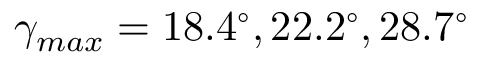
\gamma _ { m a x } = 1 8 . 4 ^ { \circ } , 2 2 . 2 ^ { \circ } , 2 8 . 7 ^ { \circ }